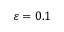
\varepsilon = 0 . 1